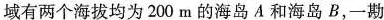
域有两个海拔均为200m的海岛A和海岛B，一勘